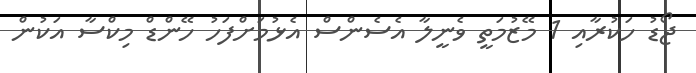
ޖޯޑު ހަކުރާއި 1 މޭޒުމަތީ ވެނީލާ އެސެންސް އެޅުމަށްފަހު ހޭންޑް މިކްސާ އަކުން